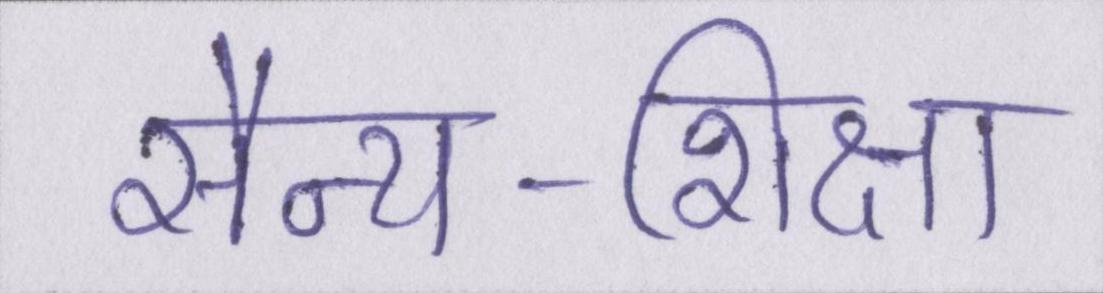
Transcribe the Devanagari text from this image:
सैन्य-शिक्षा